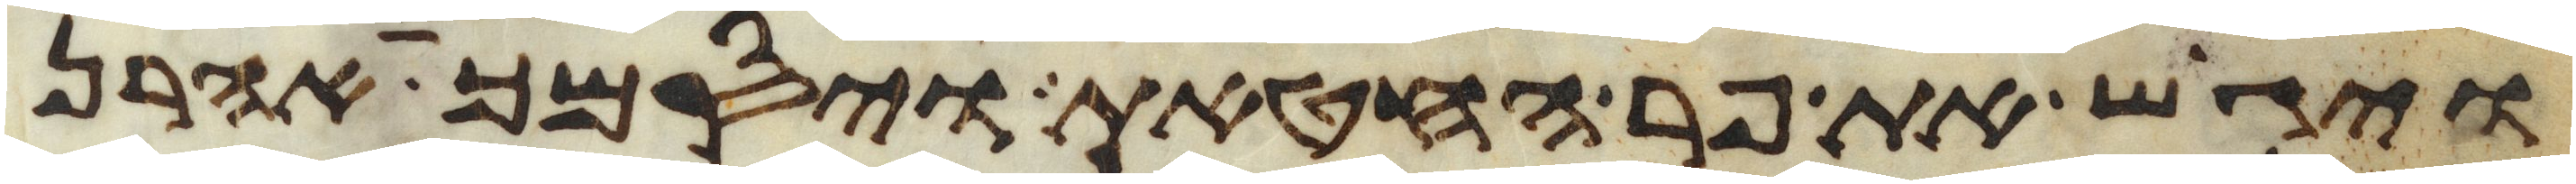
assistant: ויגש את פר החטאת ויסמך אהרן